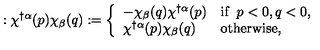
: \chi ^ { \dagger \alpha } ( p ) \chi _ { \beta } ( q ) : = \left\{ \begin{array} { l l } { - \chi _ { \beta } ( q ) \chi ^ { \dagger \alpha } ( p ) } & { \mathrm { i f } \enspace p < 0 , q < 0 , } \\ { \chi ^ { \dagger \alpha } ( p ) \chi _ { \beta } ( q ) } & { \mathrm { o t h e r w i s e } , } \\ \end{array} \right.